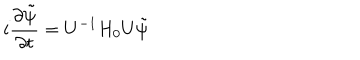
LaTeX: i \frac { \partial \tilde { \psi } } { \partial t } = U ^ { - 1 } H _ { 0 } U \tilde { \psi }